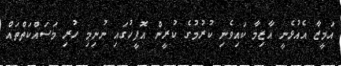
އަމީޒާ އެއުޅެނީ އާޒިމާ ކައިވެނި ކުރުމުގެ ކުރީން އޮފީހުގައި ނުނިމި ހުރި މަސައްކަތްތައް